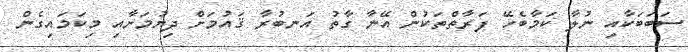
ސަބަބަކާއި ނުލާ ކަމާބެހޭ ފަރާތްތަކުން އޭނާ ގާތު އަނބުރާ ޤައުމަށް ދިޔުމަށާއި މިކަމައިގެން